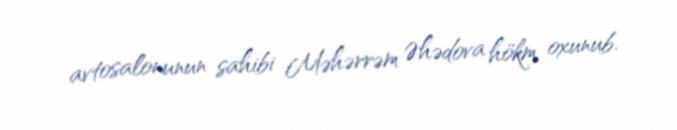
avtosalonunun sahibi Məhərrəm Əhədova hökm oxunub.